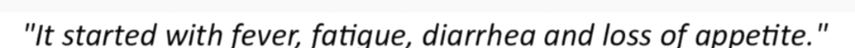
"It started with fever, fatigue, diarrhea and loss of appetite."